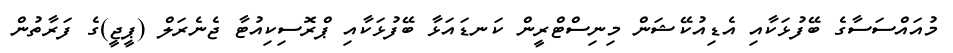
މުއައްސަސާގެ ބޭފުޅަކާއި އެޑިއުކޭޝަން މިނިސްޓްރީން ކަނޑައަޅާ ބޭފުޅަކާއި ޕްރޮސިކިއުޓާ ޖެނެރަލް (ޕީޖީ)ގެ ފަރާތުން